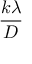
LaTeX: \displaystyle { \frac { k \lambda } { D } }